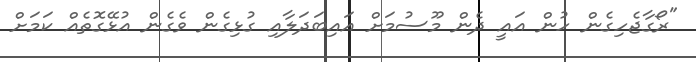
"ރޯގާޖެހިގެން ހުން އައީ ދެން މޫސުމަށް އައިބަދަލާއި ގުޅިގެން ވެގެން އުޅޭގޮތެއް ކަމަށް